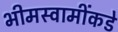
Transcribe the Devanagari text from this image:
भीमस्वामींकडे